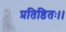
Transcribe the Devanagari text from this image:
प्रतिष्ठितः।।